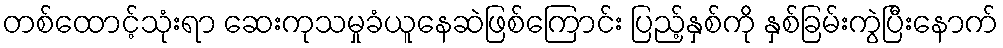
တစ်ထောင့်သုံးရာ ဆေးကုသမှုခံယူနေဆဲဖြစ်ကြောင်း ပြည့်နှစ်ကို နှစ်ခြမ်းကွဲပြီးနောက်